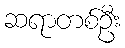
ဆရာတစ်ဦး